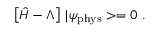
\left[ \hat { H } - \Lambda \right] \, | \psi _ { \mathrm { p h y s } } > = 0 \ .